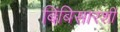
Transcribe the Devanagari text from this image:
बिंबिसारशी